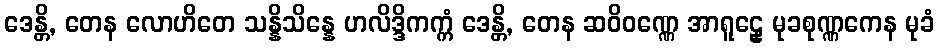
ဒေန္တိ, တေန လောဟိတေ သန္နိသိန္နေ ဟလိဒ္ဒိကက္ကံ ဒေန္တိ, တေန ဆဝိဝဏ္ဏေ အာရူဠှေ မုခစုဏ္ဏကေန မုခံ